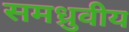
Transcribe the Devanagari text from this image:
समध्रुवीय